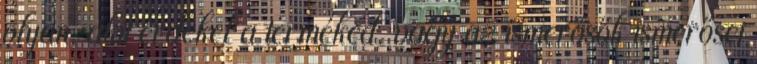
olyan, akit érdekel a terméked, vagy az ismerősők ismerősei